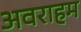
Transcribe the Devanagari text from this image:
अवराहम